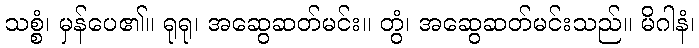
သစ္စံ၊ မှန်ပေ၏။ ရုရု၊ အဆွေဆတ်မင်း။ တွံ၊ အဆွေဆတ်မင်းသည်။ မိဂါနံ၊